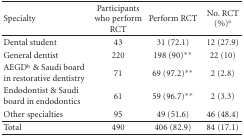
<table><thead><tr><td><b>Specialty</b></td><td><b>Participants who perform RCT</b></td><td><b>Perform RCT</b></td><td><b>No. RCT (%)<sup>a</sup></b></td></tr></thead><tbody><tr><td>Dental student</td><td> 43</td><td> 31 (72.1)</td><td>12 (27.9)</td></tr><tr><td>General dentist</td><td>220</td><td>198 (90)**</td><td>22 (10)</td></tr><tr><td>AEGD<sup>b</sup> &amp; Saudi board in restorative dentistry</td><td>71</td><td>69 (97.2)**</td><td>2 (2.8)</td></tr><tr><td>Endodontist &amp; Saudi board in endodontics</td><td>61</td><td>59 (96.7)**</td><td>2 (3.3)</td></tr><tr><td>Other specialties</td><td>95</td><td>49 (51.6)</td><td>46 (48.4)</td></tr><tr><td>Total</td><td>490</td><td>406 (82.9)</td><td>84 (17.1)</td></tr></tbody></table>